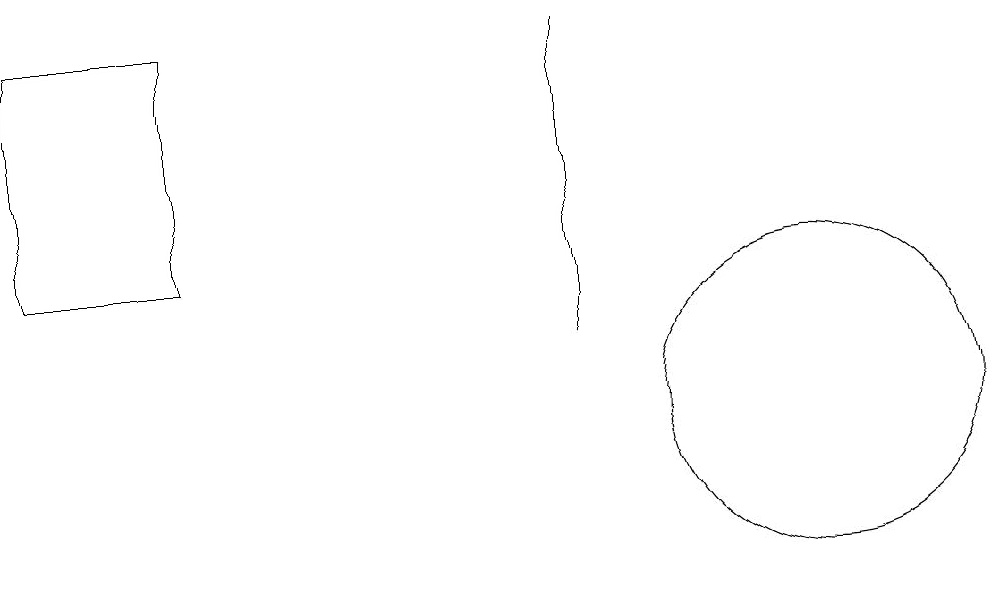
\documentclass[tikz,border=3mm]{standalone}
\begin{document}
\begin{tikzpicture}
\draw (0,12) rectangle (2,15);
\draw (10,10) circle (2);
\draw (7,15) rectangle (7,11);
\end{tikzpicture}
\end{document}